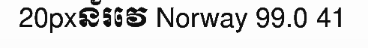
20pxន័រវេ Norway 99.0 41